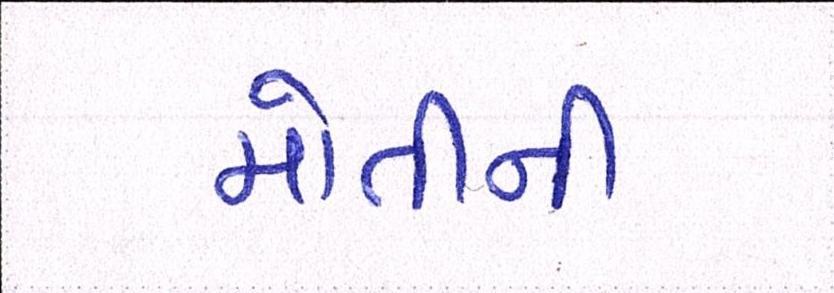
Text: મોતીની